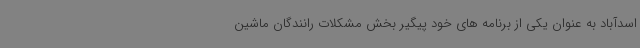
اسدآباد به عنوان یکی از برنامه های خود پیگیر بخش مشکلات رانندگان ماشین